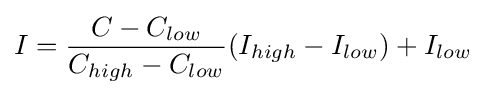
I={\frac {C-C_{low}}{C_{high}-C_{low}}}(I_{high}-I_{low})+I_{low}